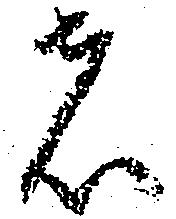
者